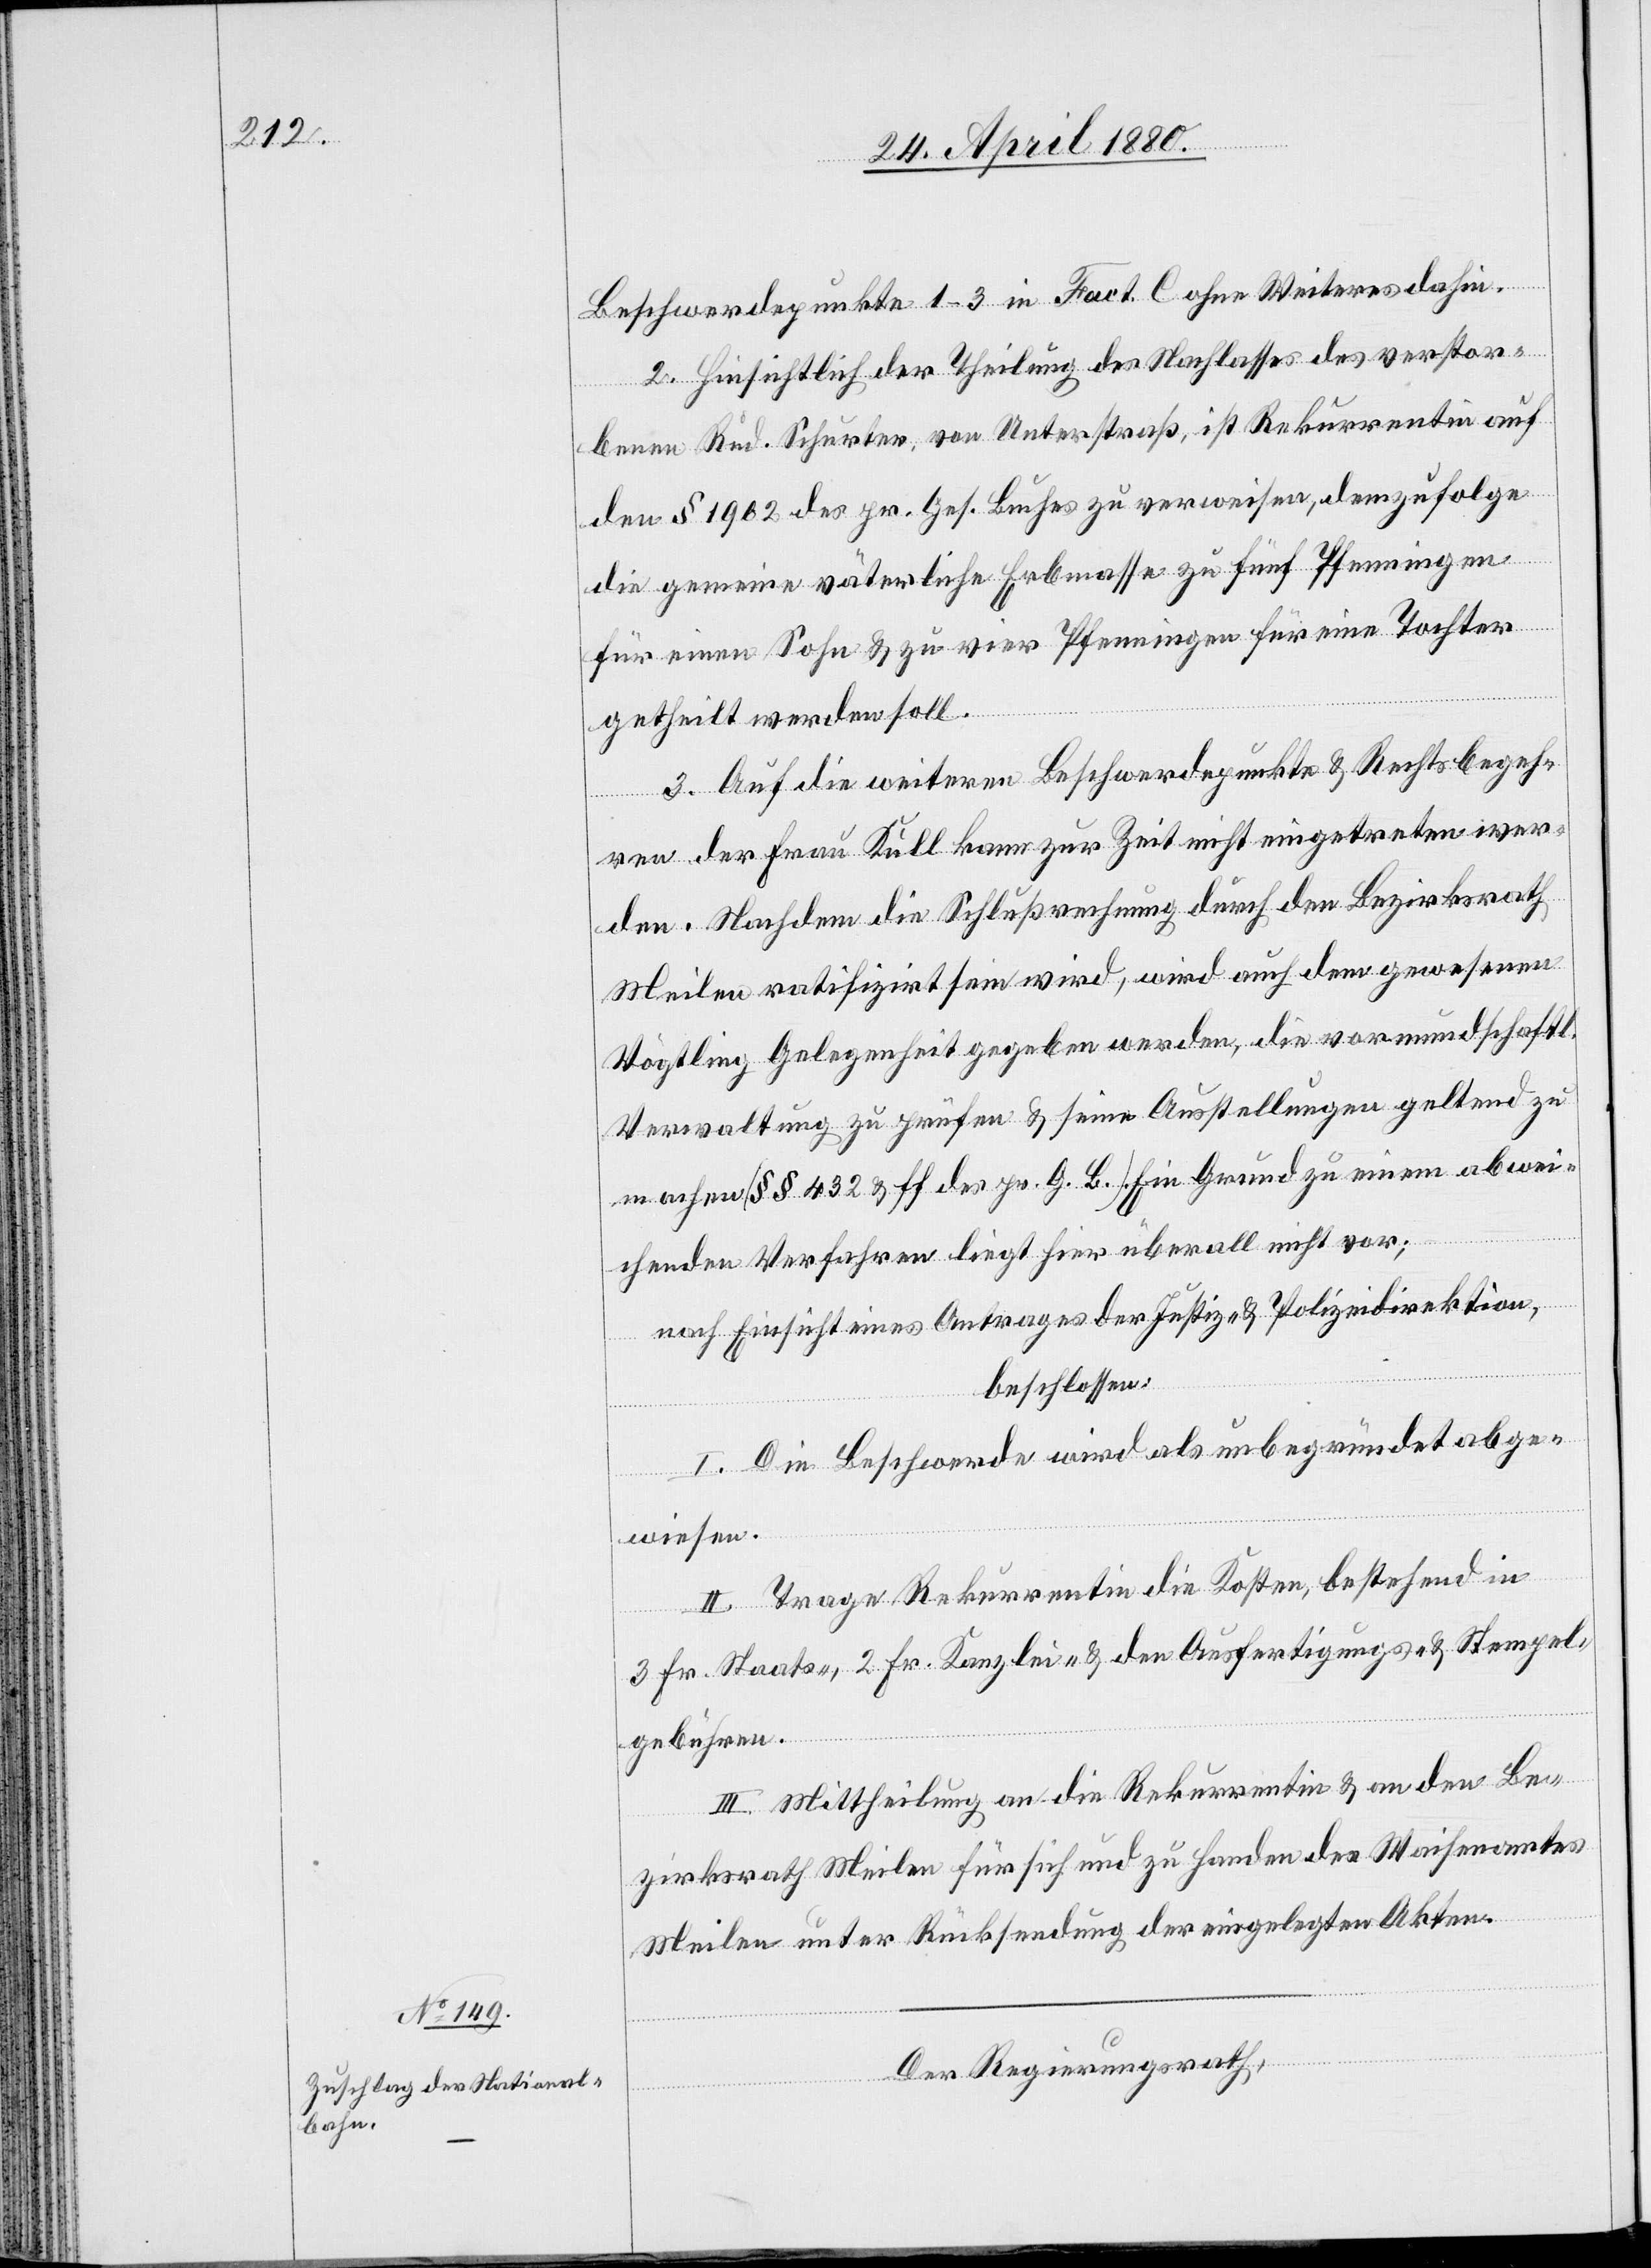
iche
Beschwerdepunkte 1–3 in Fact. C ohne Weiteres dahin.
2. Hinsichtlich der Theilung des Nachlasses des verstor¬
benen Rud. Schurter, von Unterstraß, ist Rekurrentin auf
den § 1962 des pr. Ges. Buches zu verweisen, demzufolge
die gemeine väterliche Erbmasse zu fünf Pfenningen
für einen Sohn & zu vier Pfenningen für eine Tochter
getheilt werden soll.
3. Auf die weiteren Beschwerdepunkte & Rechtsbegeh¬
ren der Frau Kull kann zur Zeit nicht eingetreten wer¬
den. Nachdem die Schlußrechnung durch den Bezirksrath
Meilen ratifizirt sein wird, wird auch dem gewesenen
Vögtling Gelegenheit gegeben werden, die vormundschaftl¬
Verwaltung zu prüfen & seine Ausstellungen geltend zu
machen [§§ 432 & ff des pr. G. B.]. Ein Grund zu einem abwei¬
chenden Verfahren liegt hier überall nicht vor;
nach Einsicht eines Antrages der Justiz- & Polizeidirektion,
beschlossen:
I. Die Beschwerde wird als unbegründet abge¬
wiesen.
II. Trage Rekurrentin die Kosten, bestehend in
3 Fr. Staats-, 2 Fr. Kanzlei- & den Ausfertigungs- & Stempel¬
gebühren.
III. Mittheilung an die Rekurrentin & an den Be¬
zirksrath Meilen für sich und zu Handen des Waisenamtes
Meilen unter Rücksendung der eingelegten Akten.
Der Regierungsrath,